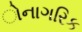
ોનાગરિક